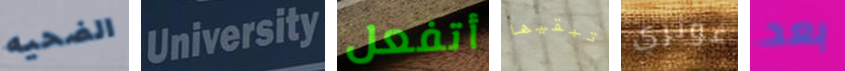
الضحيه University أتفعل تبقيها غوثري بعد